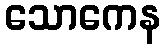
သောကေန